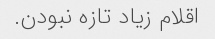
اقلام زیاد تازه نبودن.